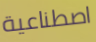
اصطناعية